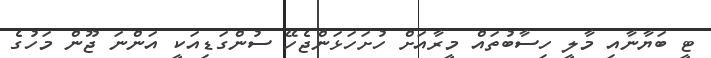
ޓީ ބަޔާނާއި މާލީ ހިސާބުތައް މީރާއަށް ހުށަހަޅަންޖެހޭ ސުންގަޑިއަކީ އަންނަ ޖޫން މަހުގެ